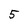
Character: 5